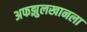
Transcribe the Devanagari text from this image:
अफझुलखानला